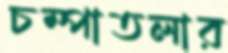
চম্পাতলার